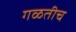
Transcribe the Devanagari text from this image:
गळतीच